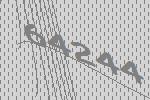
64244